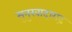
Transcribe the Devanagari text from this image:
सुनुखादागढ़